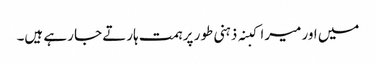
میں اور میرا کبنہ ذہنی طور پر ہمت ہارتے جا رہے ہیں۔